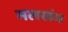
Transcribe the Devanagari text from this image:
मलखंभ